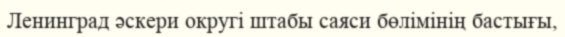
Ленинград әскери округі штабы саяси бөлімінің бастығы,